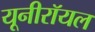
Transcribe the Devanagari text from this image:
यूनीरॉयल